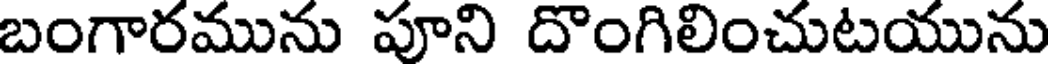
బంగారమును పూని దొంగిలించుటయును